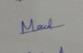
Signature authenticity: genuine